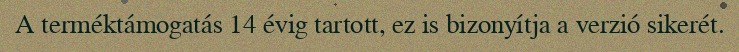
A terméktámogatás 14 évig tartott, ez is bizonyítja a verzió sikerét.